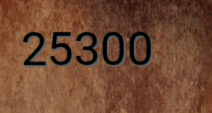
25300